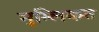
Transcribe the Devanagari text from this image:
मुम्लिकत